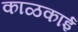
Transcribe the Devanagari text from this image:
काळकाई